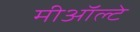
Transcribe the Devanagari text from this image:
मीऑल्टे